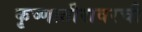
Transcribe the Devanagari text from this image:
कृष्णातीरावरची